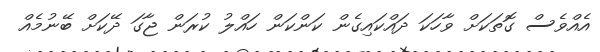
އެއްވެސް ގޮތަކަށް ވާހަކަ ދައްކައިގެން ކަންކަން ހައްލު ކުރަން ޖާގަ ދޭކަށް ބޭނުމެއް